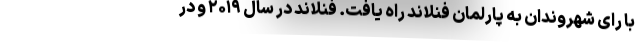
با رای شهروندان به پارلمان فنلاند راه یافت. فنلاند در سال ۲۰۱۹ و در